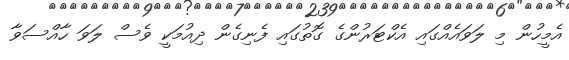
އެމީހުން މި ލަވައެއްގައި އެކްޓަރުންގެ ގޮތުގައި ފެނިގެން ދިއުމަކީ ވެސް ލަވަ ހާއްސަވާ